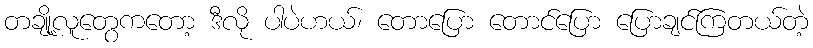
တချို့လူတွေကတော့ ဒီလို ပါပဲဟယ်၊ တောပြော တောင်ပြော ပြောချင်ကြတယ်တဲ့